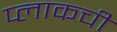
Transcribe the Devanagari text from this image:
प्लाकची